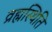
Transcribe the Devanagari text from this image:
व्रह्मस्थिति